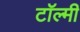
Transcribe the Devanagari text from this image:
टॉल्मी